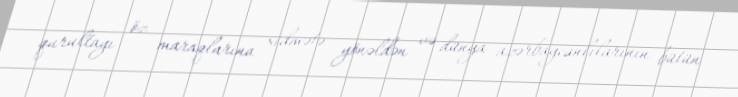
qurultayı öz maraqlarına xidmətə yönəldən və dünya azərbaycanlılarının bütün